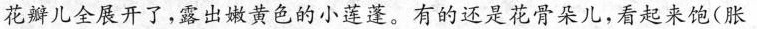
花瓣儿全展开了，露出嫩黄色的小莲蓬。有的还是花骨朵儿，看起来饱(胀